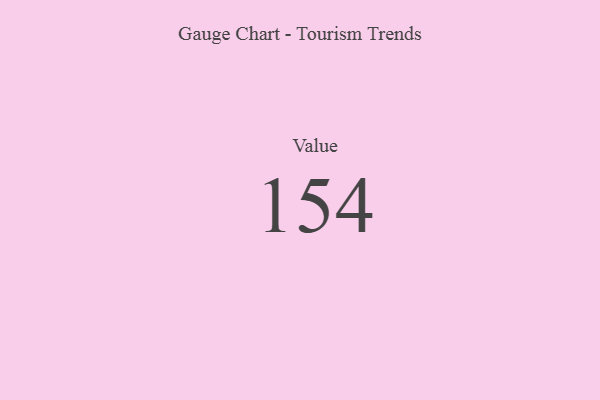
{"axis": {"x": "Metric", "y": "Value"}, "legend": [""], "data": [{"x": "Value", "y": 154, "type": ""}]}